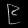
Digit: ၉